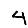
Digit: 4